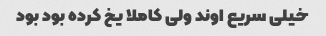
خیلی سریع اوند ولی کاملا یخ کرده بود بود